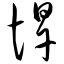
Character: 悍